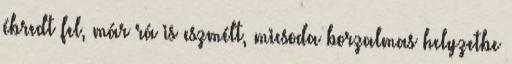
ébredt fel, már rá is eszmélt, micsoda borzalmas helyzetbe